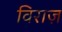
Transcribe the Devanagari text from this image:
विराज़